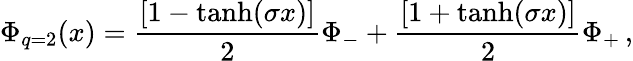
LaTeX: \Phi_{q=2}(x)={\frac{[1-\operatorname{tanh}(\sigma x)]}{2}}\Phi_{-}+{\frac{[1+\operatorname{tanh}(\sigma x)]}{2}}\Phi_{+}\, ,